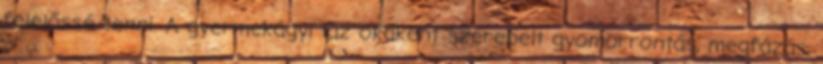
felelőssé tenni. A gyermekágyi láz okaként szerepelt gyomorrontás, megfázás,